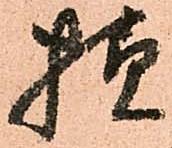
様